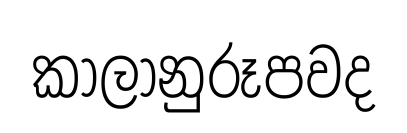
කාලානුරූපවද